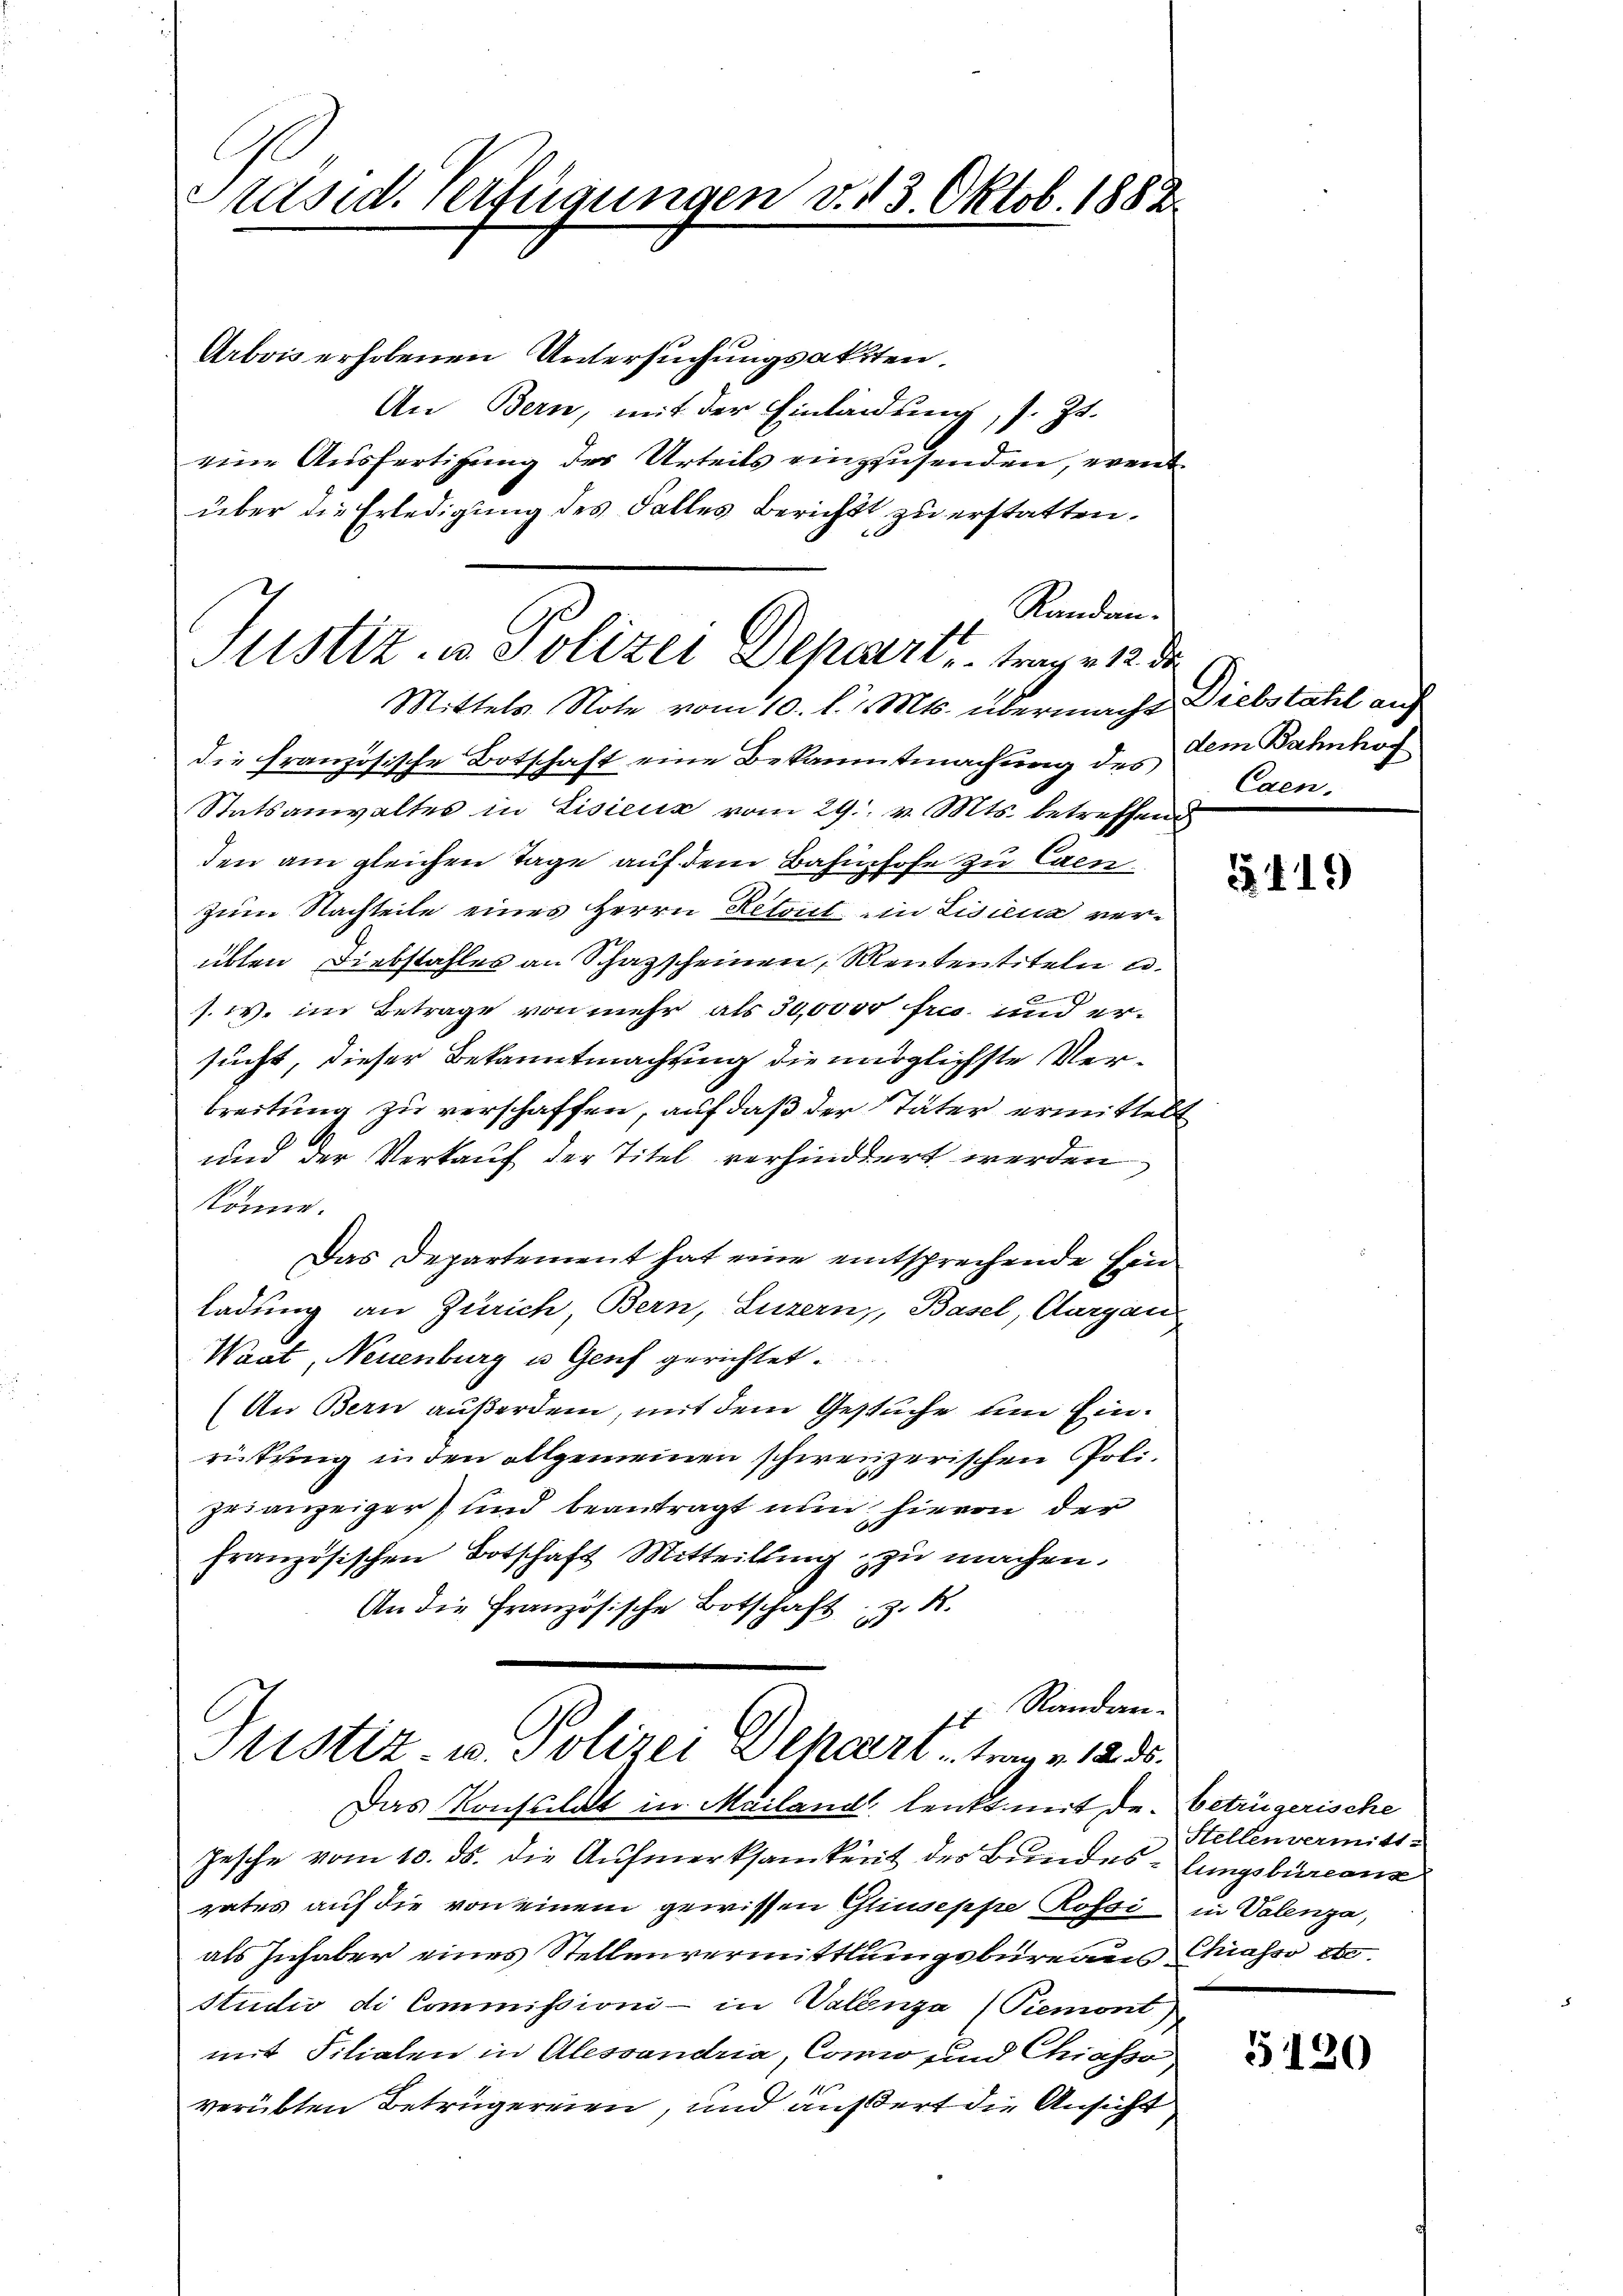
Präsid. Verfügungen v. 13. Oktob. 1883

Arbois erholenen Untersuchungsaktten.
An Bern, mit der Einladung, s. Zt.
eine Ausfertigung der Urteils einzusenden, eventüber die Erledigung des Falles Bericht zu erstatten.
Randan¬
Mittels Note vom 10. d. d. Mts. übermacht. Diebstatel auf
die Französische Botschaft eine Bekanntmachung des
Statsanwaltes in Lisicus vom 29. v. Mts. betreffend
den am gleichen Tage auf dem Bahnhofe zu Exenzum Nachteile eines Herrn Retont im Lisiena verübten Diebstahles an Schazscheinen, Mententiteln u.
s. w. im Betrage von mehr als 30,0000 frs. und ersucht, dieser Bekanntmachung die möglichste Verbreitung zu verschaffen, auf daß der Täter ermittela
und der Verkauf der Titel verhindert werden
könne.
Das Departement hat eine entsprechende Einladung an Zürich, Bern, Luzern, Basel, Aargau
Waat, Neuenburg u Genf gerichtet.
(An Bern außerdem, mit dem Gesuche und Einrückung in den allgemeinen schweizzerischen Polizei anzeiger und beantragt nun hievon der
französischen Botschaft Mitteilling zu machen.
An die Französische Botschaft z. B.
t Randan
Ptistiz- u. Polizei Beharrt - Traum. 1286.
Das Konsulat in Mailand, lenkt mit de betrügerische
Jesche vom 10. ds. die Aufmerksamkeit der Bundes- lungsbureaus
gates auf die von einem gewissen Gliuseppe Rossi in Valenza,
als Inhaber eines Stellenvermittlungsbureaus Chiasso etc.
Studio di Commissioni - in Valenza (Piemont)
mit Filialen in Alessandria, Como und Chiasso
verübten Betrügereien, und äußert die Ansicht

Justiz- u. Polizei Depart, trag v. 12 d

dem Bahnhof
Caen.

419

Stellen vermitt

5120